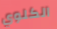
الكلوي